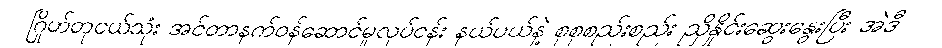
ဂြိုဟ်တုငယ်သုံး အင်တာနက်ဝန်ဆောင်မှုလုပ်ငန်း နယ်ပယ်နဲ့ စုစုစည်းစည်း ညှိနှိုင်းဆွေးနွေးပြီး အဲဒီ